Lunatic asylums in Bengal annual reports 1899-1911 - 1899-1911
Year: 1899
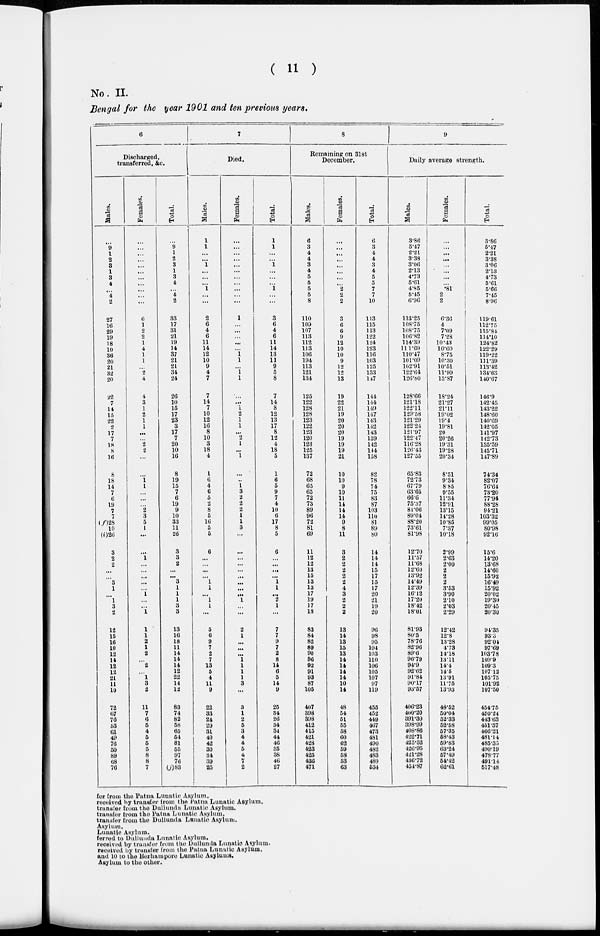
( 11 )
No. II.
Bengal for the year 1901 and ten previous years.
6
Discharged,
transferred, &c.
Males.
...
9
1
2
3
1
3
4
...
4
2
27
16
29
19
18
10
36
20
21
32
20
22
7
14
15
22
2
17
7
18
8
16
8
18
14
7
6
19
7
7
(f)28
10
(i)26
3
2
2
...
...
3
1
...
1
3
2
12
15
16
10
12
14
12
12
21
11
10
72
07
76
53
61
49
76
50
89
68
76
Females.
...
...
...
...
...
...
...
...
...
...
...
6
1
2
2
1
4
1
1
...
2
4
4
3
1
2
1
1
...
...
2
2
...
...
1
1
...
...
...
2
3
5
1
...
...
1
...
...
...
...
...
1
...
...
1
1
1
2
1
2
...
2
...
1
3
2
11
7
6
5
4
5
5
5
8
8
7
Total.
...
9
1
2
3
1
3
4
...
4
2
33
17
31
21
19
14
37
21
21
34
24
26
10
15
17
23
3
17
7
20
10
16
8
19
15
7
6
19
9
10
33
11
26
3
3
2
...
...
3
1
1
1
3
3
13
16
18
11
14
14
14
12
22
14
12
83
74
82
58
65
54
81
55
97
76
(j)83
7
Died.
Males.
1
1
...
...
1
...
...
...
1
...
...
2
6
4
6
11
14
12
10
9
4
7
7
14
7
10
12
16
8
10
3
18
4
1
6
4
6
5
2
8
5
16
5
5
6
...
...
...
...
1
1
...
1
1
...
5
6
9
7
2
7
13
5
4
11
9
22
33
24
29
31
40
42
30
34
39
25
Females.
...
...
...
...
...
...
...
...
...
...
...
1
...
...
...
...
...
1
1
...
1
1
...
...
1
2
1
1
...
2
1
...
1
...
...
1
3
2
2
2
1
1
3
...
...
...
...
...
...
...
...
...
1
...
...
2
1
...
...
...
1
1
1
1
3
...
3
1
2
5
3
4
4
5
4
7
2
Total.
1
1
...
...
1
...
...
...
1
...
...
3
6
4
6
11
14
13
11
9
5
8
7
14
8
12
13
17
8
12
4
18
5
1
6
5
9
7
4
10
6
17
8
5
6
...
...
...
...
1
1
...
2
1
...
7
7
9
7
2
8
14
6
5
14
9
25
84
26
34
34
44
46
85
38
46
27
8
Remaining on 31st
December.
Males.
6
3
4
4
3
4
5
5
5
5
8
110
109
107
113
112
113
106
194
113
121
134
125
122
128
128
123
122
123
120
123
125
137
72
68
65
65
72
73
89
96
72
81
69
11
12
12
13
15
13
13
17
19
17
18
83
84
82
89
90
96
92
91
93
87
105
407
398
398
412
415
421
428
423
425
436
471
Females.
...
...
...
...
...
...
...
...
2
2
2
3
6
6
9
12
10
10
9
12
12
13
19
22
21
19
20
20
20
19
19
19
21
10
10
9
10
11
14
14
14
9
8
11
3
2
2
2
2
2
4
3
2
2
2
13
14
13
15
13
14
14
14
14
10
14
48
54
51
55
58
60
62
59
58
53
63
Total.
6
3
4
4
3
4
5
5
7
7
10
113
115
113
122
124
123
116
103
125
133
147
144
144
149
147
143
142
143
139
142
144
158
82
78
74
75
83
87
103
110
81
89
80
14
14
14
15
17
15
17
20
21
19
20
96
98
95
104
103
110
106
105
107
97
119
455
452
449
467
473
481
490
482
483
489
53.1
9
Daily average strength.
Males.
3.86
5.47
2.21
338
3.06
2.13
4.73
5.61
4.85
5.45
6.96
113.25
108.75
108.75
106.82
114.39
111.69
110.47
101.09
102.91
122.64
126.80
128.66
121.18
122.11
129.58
121.29
122.24
121.97
122.47
116.28
126.43
127.55
65.83
72.73
67.79
63.65
66.6
75.37
81.06
89.04
88.20
73.61
81.98
12.70
11.57
11.68
12.60
13.92
14.49
12.39
16.12
17.20
18.42
18.01
81.93
80.5
78.76
82.96
89.6
96.79
94.9
92.02
91.84
90.17
93.57
406.23
400.20
391.30
398.99
408.86
422.71
425.52
426.95
421.28
436.72
454.87
Females.
...
...
...
...
...
...
...
...
.81
2
2
6.36
4
7.09
7.28
10.43
10.60
8.75
10.30
10.51
11.99
13.87
18.24
21.27
21.11
19.02
19.4
19.81
20
20.26
19.31
19.28
20.34
8.51
9.34
8.85
9.55
11.34
12.91
13.15
14.28
10.85
7.37
10.18
2.99
2.63
2.00
2
2
2
3.53
3.90
2.10
2.03
2.29
12.42
12.8
13.28
4.73
14.18
13.11
144
145
13.91
11.75
13.93
48.52
50.04
52.33
52.58
67.35
68.43
59.83
63.24
57.49
54.42
62.61
Total.
3.86
5.47
2.21
3.38
3.06
2.13
4.73
5.61
5.66
7.45
8.96
119.61
112.75
115.84
114.10
124.82
122.29
119.22
111.39
113.42
134.63
140.67
146.9
142.45
143.22
148.60
140.69
142.05
141.97
142.73
135.59
145.71
147.89
74.34
82.07
76.64
73.20
77.94
88.28
94.21
103.32
99.05
80.98
92.16
15.6
14.20
13.68
14.60
15.92
16.49
15.92
20.02
19.30
20.45
20.30
94.35
93.3
92.04
97.69
103.78
109.9
109.3
107.12
105.75
101.92
107.50
454.75
450.24
443 63
451.57
466.21
481.14
485.35
490.19
478.77
491.14
517.48
for from the Putna Lunatic Asylum.
received by transfer from the Patna Lunatic Asylum.
transfer from the Dullunda Lunatic Asylum.
transfer from the Patna Lunatic Asylum.
transfer from the Dullunda Lnuatic Asylum.
Asylum.
Lunatic Asylum.
ferred to Dullunda Lunatic Asylum.
received by transfer from the Dullunda Lunatio Asylum.
received by transfer from the Patna Lunatic Asylum.
and 10 to the Berhampore Lunatic Asylums.
Asylum to the other.